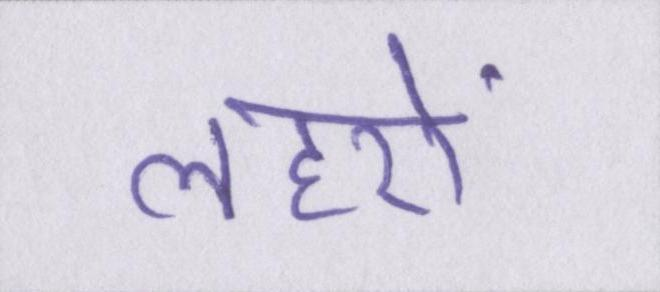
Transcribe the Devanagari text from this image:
लहरों